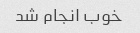
خوب انجام شد